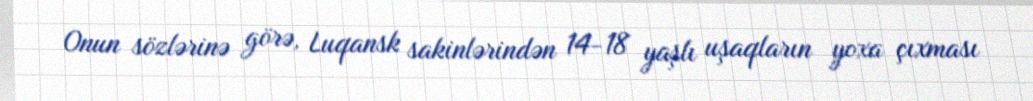
Onun sözlərinə görə, Luqansk sakinlərindən 14-18 yaşlı uşaqların yoxa çıxması